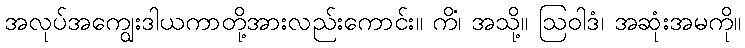
အလုပ်အကျွေးဒါယကာတို့အားလည်းကောင်း။ ကိံ၊ အသို့။ ဩဝါဒံ၊ အဆုံးအမကို။